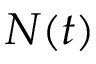
N ( t )